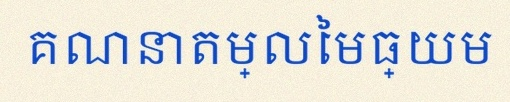
គណនាតម្លៃមធ្យម